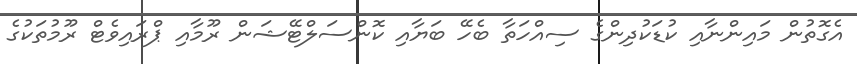
އެގޮތުން މައިންނާއި ކުޑަކުދިންގެ ސިއްހަތާ ބެހޭ ބަޔާއި ކޮންސަލްޓޭޝަން ރޫމާއި ޕްރައިވެޓް ރޫމުތަކުގެ